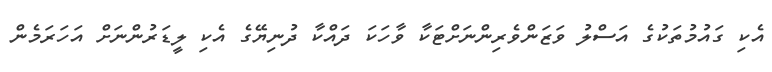
އެކި ގައުމުތަކުގެ އަސްލު ވަޒަންވެރިންނަށްޓަކާ ވާހަކަ ދައްކާ ދުނިޔޭގެ އެކި ލީޑަރުންނަށް އަހަރަމެން